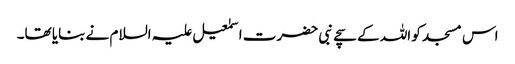
اس مسجد کو اللہ کے سچے نبی حضرت اسمٰعیل علیہ السلام نے بنایا تھا۔